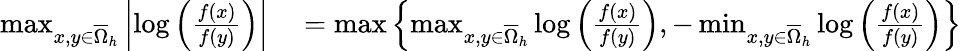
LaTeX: \begin{array}{rl}{\operatorname*{max}_{x,y\in\overline{{\Omega}}_{h}}\left\lvert\log\left(\frac{f(x)}{f(y)}\right)\right\rvert}&{{}=\operatorname*{max}\left\{ \operatorname*{max}_{x,y\in\overline{{\Omega}}_{h}}\log\left(\frac{f(x)}{f(y)}\right),-\operatorname*{min}_{x,y\in\overline{{\Omega}}_{h}}\log\left(\frac{f(x)}{f(y)}\right)\right\} }\end{array}